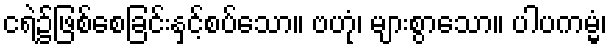
ငရဲ၌ဖြစ်စေခြင်းနှင့်စပ်သော။ ဗဟုံ၊ များစွာသော။ ပါပကမ္မံ၊